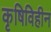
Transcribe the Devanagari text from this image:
कृषिविहीन